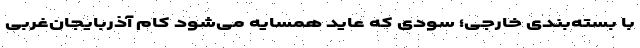
با بسته‌بندی خارجی؛ سودی که عاید همسایه می‌شود کام آذربایجان‌غربی